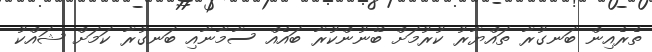
ތެރެއިން ބަނގުރާ ތައްޔާރު ކުރުމަށް ބޭނުންކުރާ ބައެއް ސާމާނާއި ބަނގުރާ ކަމަށް ޝައްކު